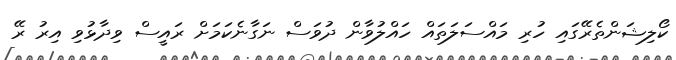
ކޯލިޝަންތެރޭގައި ހުރި މައްސަލަތައް ހައްލުވާން ދުވަސް ނަގާނެކަމަށް ރައީސް ވިދާޅުވި އިރު ރޭ